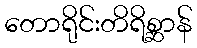
တောရိုင်းတိရိစ္ဆာန်